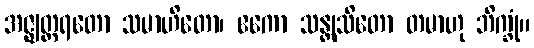
အဇ္ဈတ္တရတော သမာဟိတော၊ ဧကော သန္တုသိတော တမာဟု ဘိက္ခုံ။